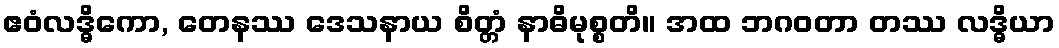
ဧဝံလဒ္ဓိကော, တေနဿ ဒေသနာယ စိတ္တံ နာဓိမုစ္စတိ။ အထ ဘဂဝတာ တဿ လဒ္ဓိယာ